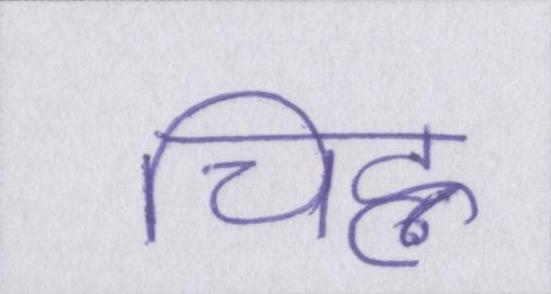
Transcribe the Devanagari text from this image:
चिह्न